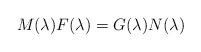
LaTeX: \begin{align*}M(\lambda)F(\lambda)=G(\lambda)N(\lambda)\end{align*}